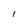
Character: 1